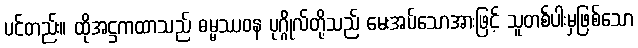
ပင်တည်း။ ထိုအဋ္ဌကထာသည် ဓမ္မဿဝန ပုဂ္ဂိုလ်တို့သည် မေးအပ်သောအားဖြင့် သူတစ်ပါးမှဖြစ်သော